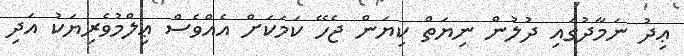
ޢިދު ނަމާދުގައި ދުލުން ނިޔަތް ކިޔަން ޖެހޭ ކަމަކަށް އެއްވެސް ޢިލްމުވެރިޔަކު އަދި